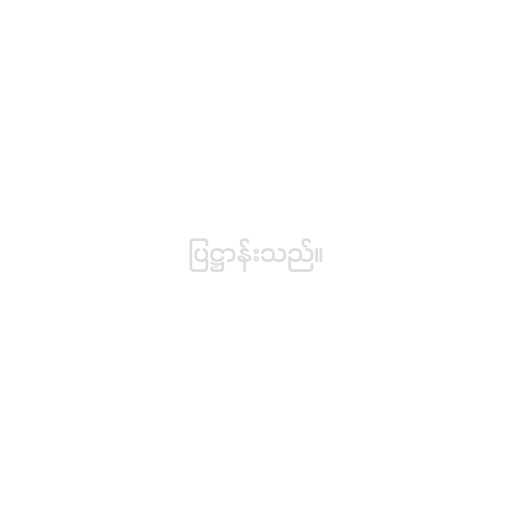
ပြဋ္ဌာန်းသည်။